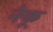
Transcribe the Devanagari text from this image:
नैकू